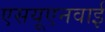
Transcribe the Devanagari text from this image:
एसयूएनवाई